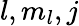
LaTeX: l,m_{l},j